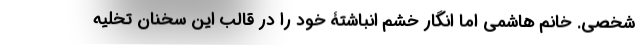
شخصی. خانم هاشمی اما انگار خشم انباشتۀ خود را در قالب این سخنان تخلیه